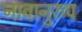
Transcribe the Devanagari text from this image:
नावानुरुप